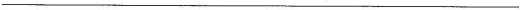
___